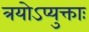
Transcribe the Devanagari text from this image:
त्रयोऽप्युक्ताः